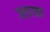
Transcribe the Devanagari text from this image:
जडगाव